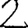
Digit: 2